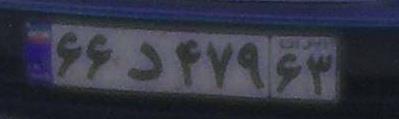
۶۶د۴۷۹۶۳